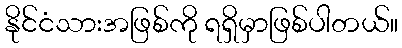
နိုင်ငံသားအဖြစ်ကို ရရှိမှာဖြစ်ပါတယ်။